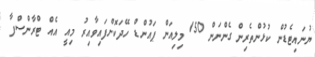
ޔުނައިޓެޑުން ކުޅުންތެރިން ގެންނަން 150 މިލިއަން ޕައުންޑް ހޭދަކޮށްފައިވާއިރު މިއީ އެއް ޓްރާންސްފާ